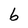
Character: 6